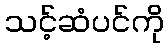
သင့်ဆံပင်ကို